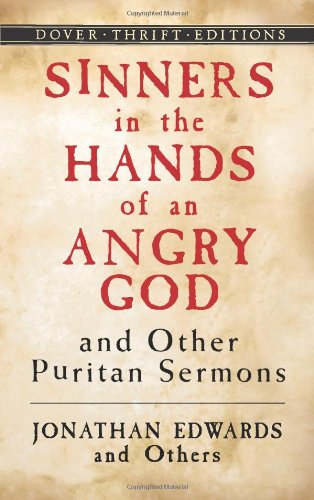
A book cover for Sinners in the Hands of an Angry God and Other Puritan Sermons (Dover Thrift Editions); Jonathan Edwards; Christian Books & Bibles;